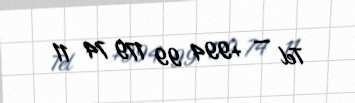
Tel — +994 99 179 74 11